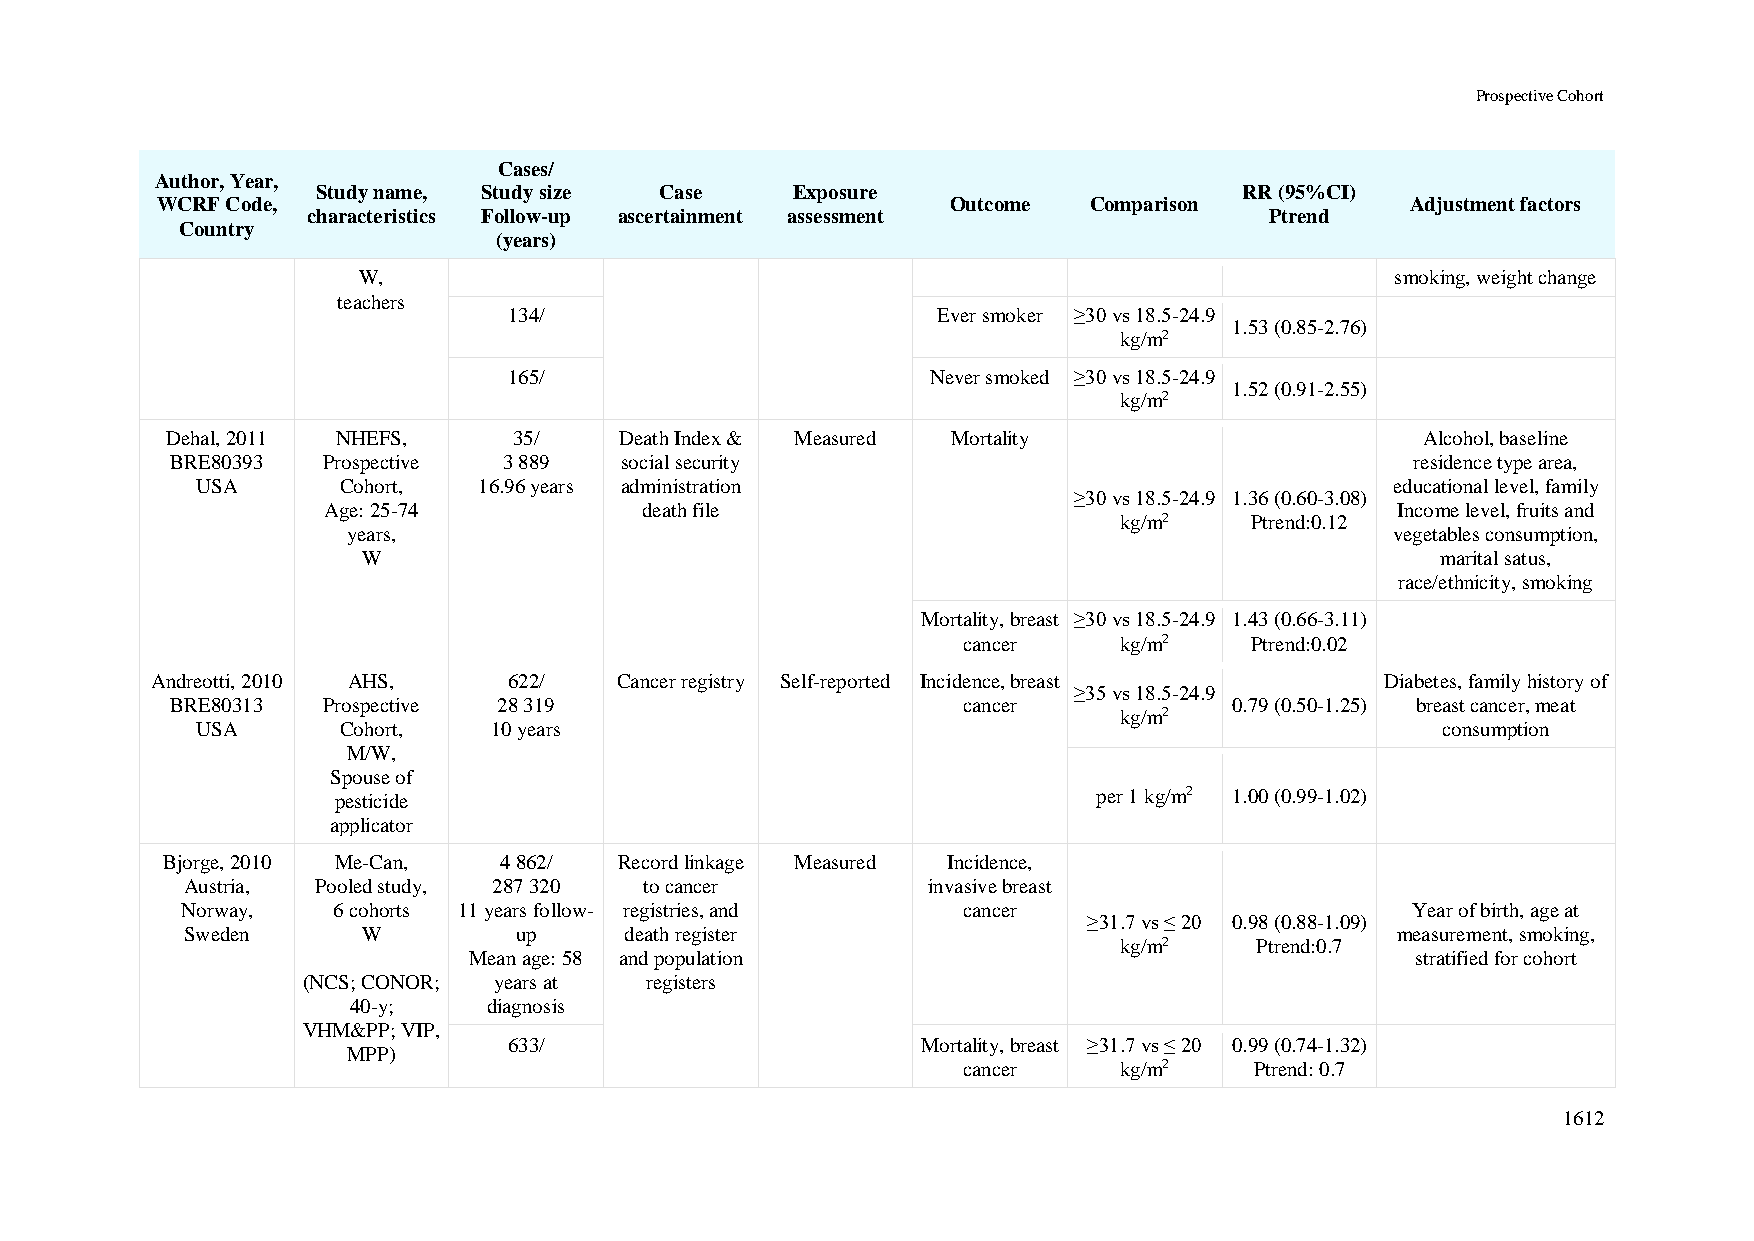
Prospective Cohort
 Cases/
 Author, Year,
 Study name, Study size Case     Exposure                     RR (95%CI)
 WCRF Code,                                           Outcome  Comparison           Adjustment factors
 characteristics Follow-up ascertainment assessment              Ptrend
 Country
 (years)
 W,                                                                  smoking, weight change
 teachers
 134/                        Ever smoker ≥30 vs 18.5-24.9
 1.53 (0.85-2.76)
 kg/m2
 165/                        Never smoked ≥30 vs 18.5-24.9
 1.52 (0.91-2.55)
 kg/m2
 Dehal, 2011 NHEFS,     35/    Death Index & Measured Mortality                     Alcohol, baseline
 BRE80393  Prospective 3 889   social security                                      residence type area,
 USA      Cohort,   16.96 years administration                                  educational level, family
 ≥30 vs 18.5-24.9 1.36 (0.60-3.08)
 Age: 25-74           death file                                        Income level, fruits and
 kg/m2    Ptrend:0.12
 years,                                                               vegetables consumption,
 W                                                                      marital satus,
 race/ethnicity, smoking
 Mortality, breast ≥30 vs 18.5-24.9 1.43 (0.66-3.11)
 cancer    kg/m2    Ptrend:0.02
 Andreotti, 2010 AHS,    622/   Cancer registry Self-reported Incidence, breast    Diabetes, family history of
 ≥35 vs 18.5-24.9
 BRE80313  Prospective 28 319                         cancer            0.79 (0.50-1.25) breast cancer, meat
 kg/m2
 USA      Cohort,    10 years                                                      consumption
 M/W,
 Spouse of
 pesticide                                          per 1 kg/m2 1.00 (0.99-1.02)
 applicator
 Bjorge, 2010 Me-Can,  4 862/  Record linkage Measured Incidence,
 Austria, Pooled study, 287 320 to cancer         invasive breast
 Norway,   6 cohorts 11 years follow- registries, and cancer                      Year of birth, age at
 ≥31.7 vs ≤ 20 0.98 (0.88-1.09)
 Sweden      W         up     death register                                     measurement, smoking,
 kg/m2    Ptrend:0.7
 Mean age: 58 and population                                    stratified for cohort
 (NCS; CONOR; years at  registers
 40-y;    diagnosis
 VHM&PP; VIP,
 633/                       Mortality, breast ≥31.7 vs ≤ 20 0.99 (0.74-1.32)
 MPP)
 cancer    kg/m2    Ptrend: 0.7
 1612